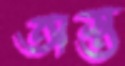
অস্ত